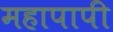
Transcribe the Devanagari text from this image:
महापापी